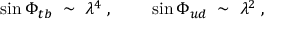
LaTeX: \sin \Phi _ { t b } \; \sim \; \lambda ^ { 4 } \; , \; \; \; \; \; \; \; \; \sin \Phi _ { u d } \; \sim \; \lambda ^ { 2 } \; ,